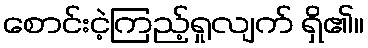
စောင်းငဲ့ကြည့်ရှုလျက် ရှိ၏။